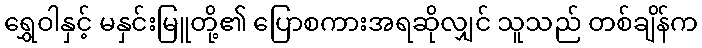
ရွှေဝါနှင့် မနှင်းမြူတို့၏ ပြောစကားအရဆိုလျှင် သူသည် တစ်ချိန်က